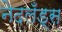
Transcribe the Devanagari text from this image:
नेदलँड्स